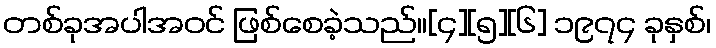
တစ်ခုအပါအဝင် ဖြစ်စေခဲ့သည်။[၄][၅][၆] ၁၉၇၄ ခုနှစ်၊